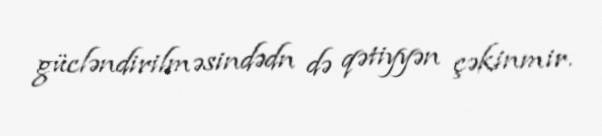
gücləndirilməsindədn də qətiyyən çəkinmir.